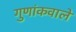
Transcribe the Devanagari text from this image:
गुणांकवाले